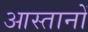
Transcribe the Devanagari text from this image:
आस्तानों